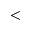
<